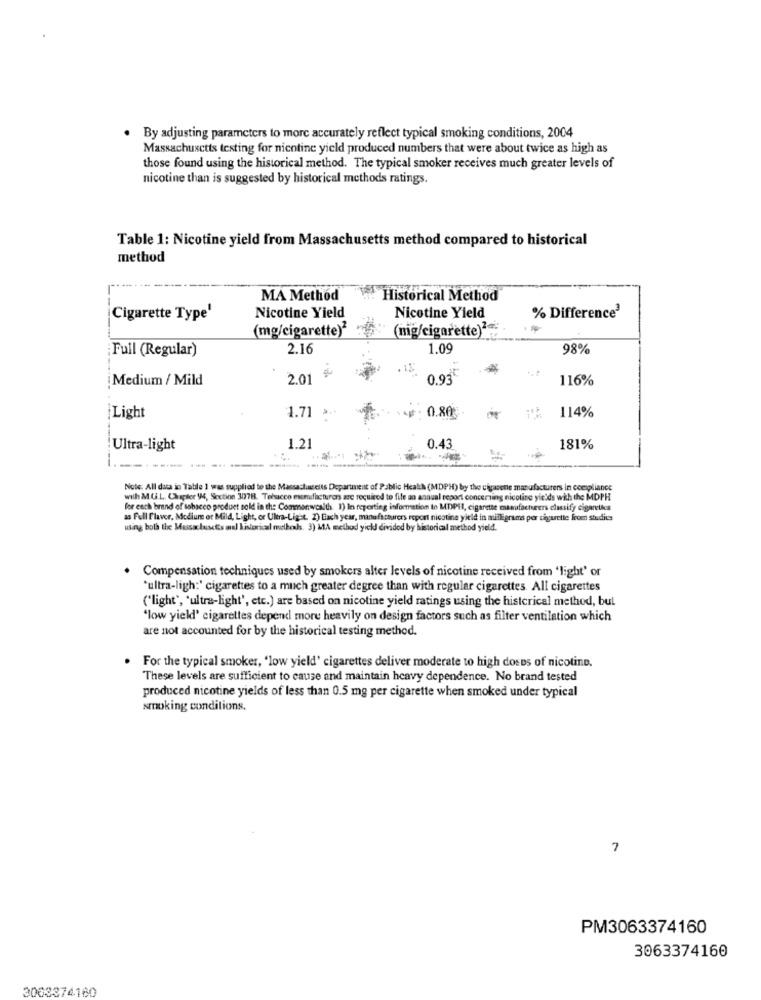
. By adjusting parameters to more accurately reflect typical smoking conditions, 2004
Massachusetts testing for nicotine yield produced numbers that were about twice as high as
those found using the historical method. The typical smoker receives much greater levels of
nicotine than is suggested by historical methods ratings.
Table 1: Nicotine yield from Massachusetts method compared to historical
method
MA Method
Historical Method
Nicotine Yield
Cigarette Type'
Nicotine Yield
% Difference3
(mg/cigarette)2
(mig/cigarette)2.
¡ Full (Regular)
2.16
1.09
98%
Medium / Mild
2.01
0.93
116%
1.71 **
0.80€
114%
Light
0.43
Ultra-light
1.21
181%
--
Note: All data in Table 1 was supplied to the Massachusetts Department of Public Health (MDPH) by the cigarette manufacturers in compliance
with M. G.L. Chapter 94, Section 30778. Tebucco mumdfacturen are required to file an annual report concerning nicotine yields with the MDPH
for each brand of tobacco product sold in the Commonwealth. 1) le repertieg information to MDPH, cigarette manufacturers classify cigaretks
as Full Flavor, Medium er Mild, Light, or Ultra-Light. 2) Each year, manufacturers report nicotine yield in milligrams per cigarette from studies
using both the MassachuscEs al historical methods. 3) MA method yield divided by historical method yield.
Compensation techniques used by smokers alter levels of nicotine received from 'light' or
'ultra-ligh:' cigarettes to a much greater degree than with regular cigarettes. All cigarettes
("light', 'ultra-light', etc.) are based on nicotine yield ratings using the historical method, but
"low yield' cigarettes depend more heavily on design factors such as filter ventilation which
are not accounted for by the historical testing method.
. For the typical smoker, "low yield' cigarettes deliver moderate to high doses of nicotine.
These levels are sufficient to cause and maintain heavy dependence. No brand tested
produced nicotine yields of less than 0.5 mg per cigarette when smoked under typical
smoking conditions.
7
PM3063374160
3063374160
3003374160